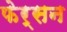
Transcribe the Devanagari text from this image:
फेर्सन